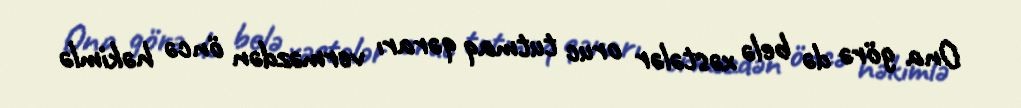
Ona görə də belə xəstələr oruc tutmaq qərarı verməzdən öncə həkimlə